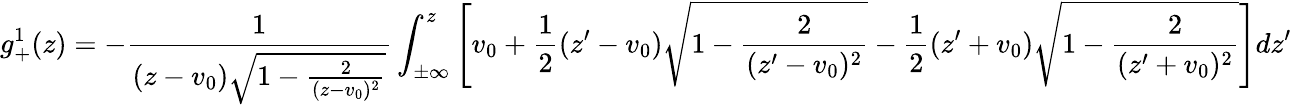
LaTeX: g_{+}^{1}(z)=-\frac{1}{(z-v_{0})\sqrt{1-\frac{2}{(z-v_{0})^{2}}}}\int_{\pm\infty}^{z}\left[v_{0}+\frac{1}{2}(z^{\prime}-v_{0})\sqrt{1-\frac{2}{(z^{\prime}-v_{0})^{2}}}-\frac{1}{2}(z^{\prime}+v_{0})\sqrt{1-\frac{2}{(z^{\prime}+v_{0})^{2}}}\right]dz^{\prime}